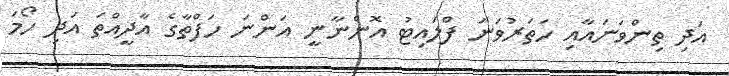
އަދި ތިންވަނައާއި ހަތަރުވަނަ ފްލައިޓު އޮންނާނީ އަންނަ ހަފްތާގެ އާދީއްތަ އަދި ހޯމަ